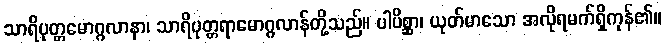
သာရိပုတ္တမောဂ္ဂလာနာ၊ သာရိပုတ္တရာမောဂ္ဂလာန်တို့သည်။ ပါပိစ္ဆာ၊ ယုတ်မာသော အလိုရမက်ရှိကုန်၏။